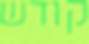
קודש